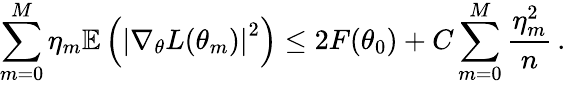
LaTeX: \sum_{m=0}^{M}\eta_{m}\mathbb{E}\left(\left|\nabla_{\theta}L(\theta_{m})\right|^{2}\right)\leq 2F(\theta_{0})+C\sum_{m=0}^{M}\frac{\eta_{m}^{2}}{n}\, .